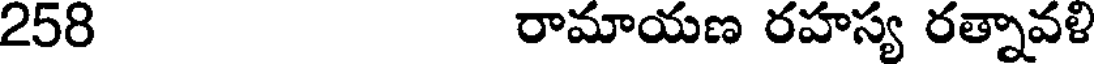
258 రామాయణ రహస్య రత్నావళి